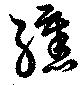
纁